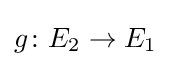
g\colon E_{2}\to E_{1}